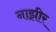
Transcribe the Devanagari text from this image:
नाझीर